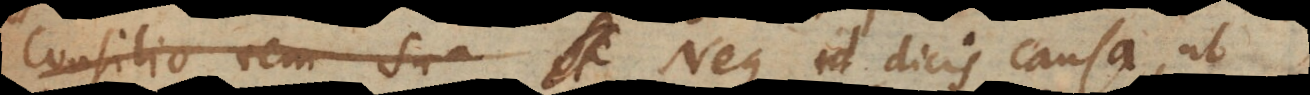
consilio rem sua Neque id dicis causa, ut